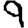
Digit: 9